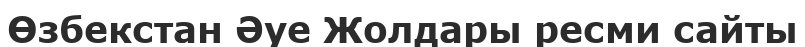
Өзбекстан Әуе Жолдары ресми сайты